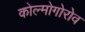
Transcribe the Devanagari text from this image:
कोल्मोगोरोव